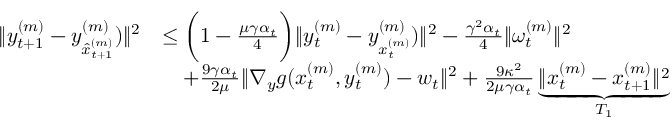
\begin{array} { r l } { \| y _ { t + 1 } ^ { ( m ) } - y _ { \hat { x } _ { t + 1 } ^ { ( m ) } } ^ { ( m ) } ) \| ^ { 2 } } & { \leq \bigg ( 1 - \frac { \mu \gamma \alpha _ { t } } { 4 } \bigg ) \| y _ { t } ^ { ( m ) } - y _ { x _ { t } ^ { ( m ) } } ^ { ( m ) } ) \| ^ { 2 } - \frac { \gamma ^ { 2 } \alpha _ { t } } { 4 } \| \omega _ { t } ^ { ( m ) } \| ^ { 2 } } \\ & { \quad + \frac { 9 \gamma \alpha _ { t } } { 2 \mu } \| \nabla _ { y } g ( x _ { t } ^ { ( m ) } , y _ { t } ^ { ( m ) } ) - w _ { t } \| ^ { 2 } + \frac { 9 \kappa ^ { 2 } } { 2 \mu \gamma \alpha _ { t } } \underbrace { \| x _ { t } ^ { ( m ) } - x _ { t + 1 } ^ { ( m ) } \| ^ { 2 } } _ { T _ { 1 } } } \end{array}